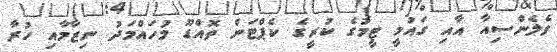
ވެލެންސިއާ އާއި ގައުމީ ޓީމުގެ ކުރީގެ ކެޕްޓަން ތޮއްޑޫ މުހައްމަދު ނިޒާމާއި ހުރާ